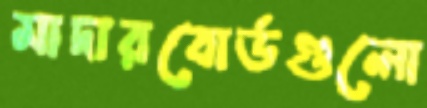
মাদারবোর্ডগুলো